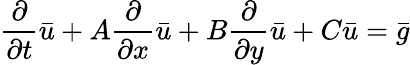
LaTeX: {\frac{\partial}{\partial t}}{\bar{u}}+A{\frac{\partial}{\partial x}}{\bar{u}}+B{\frac{\partial}{\partial y}}{\bar{u}}+C{\bar{u}}={\bar{g}}